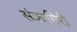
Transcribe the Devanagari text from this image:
संकागिरी